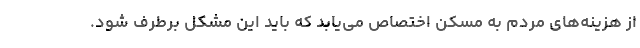
از هزینه‌های مردم به مسکن اختصاص می‌یابد که باید این مشکل برطرف شود.